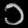
Digit: ၁